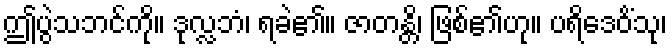
ဤပွဲသဘင်ကို။ ဒုလ္လဘံ၊ ရခဲ၏။ ဇာတန္တိ၊ ဖြစ်၏ဟု။ ပရိဒေဝိံသု၊